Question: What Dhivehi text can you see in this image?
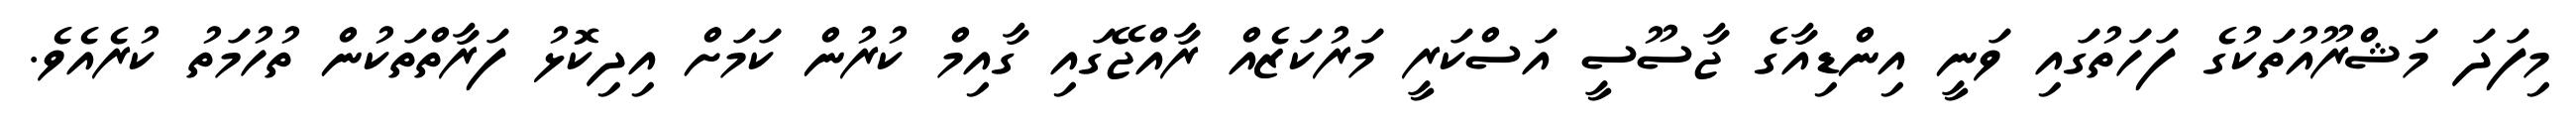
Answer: މިފަދަ މަޝްރޫއުތަކުގެ ފަހަތުގައި ވަނީ އިންޑިއާގެ ޖާސޫސީ އަސްކަރީ މަރުކަޒެއް ރާއްޖޭގައި ގާއިމް ކުރުން ކަމަށް އިދިކޮޅު ފަރާތްތަކުން ތުހުމަތު ކުރެއެވެ.